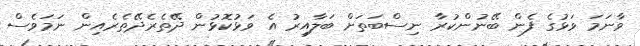
ވާނަމަ ވަޅުގެ ފެން ބޭނުންކުރާ ނިސްބަތަށް ބަލާއިރު އެ ވަޅުކޮޅުން ދޭތެރެދޭތެރެއިން ނަމަވެސް